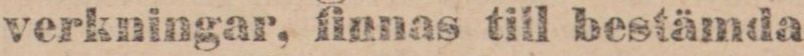
verkningar, finnas till bestämda